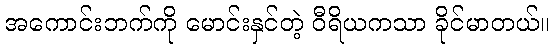
အကောင်းဘက်ကို မောင်းနှင်တဲ့ ဝီရိယကသာ ခိုင်မာတယ်။